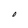
Character: 0